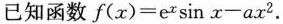
已知函数 $$f ( x ) = e ^ { x } \sin x - a x ^ { 2 }$$。